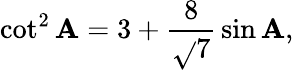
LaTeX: \cot^{2}\mathbf{A}=3+{\frac{{8}}{{\sqrt{}{{7}}}}}\sin\mathbf{A},